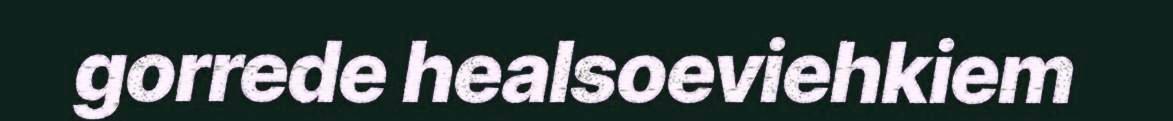
gorrede healsoeviehkiem